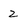
Character: z